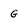
Character: G